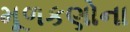
મૂળકણોના